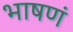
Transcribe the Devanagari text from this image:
भाषणं